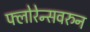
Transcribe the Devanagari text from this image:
फ्लोरेन्सवरुन